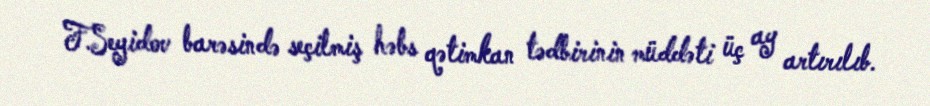
F.Seyidov barəsində seçilmiş həbs qətimkan tədbirinin müddəti üç ay artırılıb.